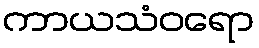
ကာယသံဝရော